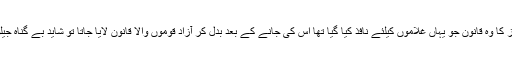
کاش کے انگریز کا وہ قانون جو یہاں غلاموں کیلئے نافذ کیا گیا تھا اس کی جانے کے بعد بدل کر آزاد قوموں والا قانون لایا جاتا تو شاید بے گناہ جیلوں میں سڑتے ۔